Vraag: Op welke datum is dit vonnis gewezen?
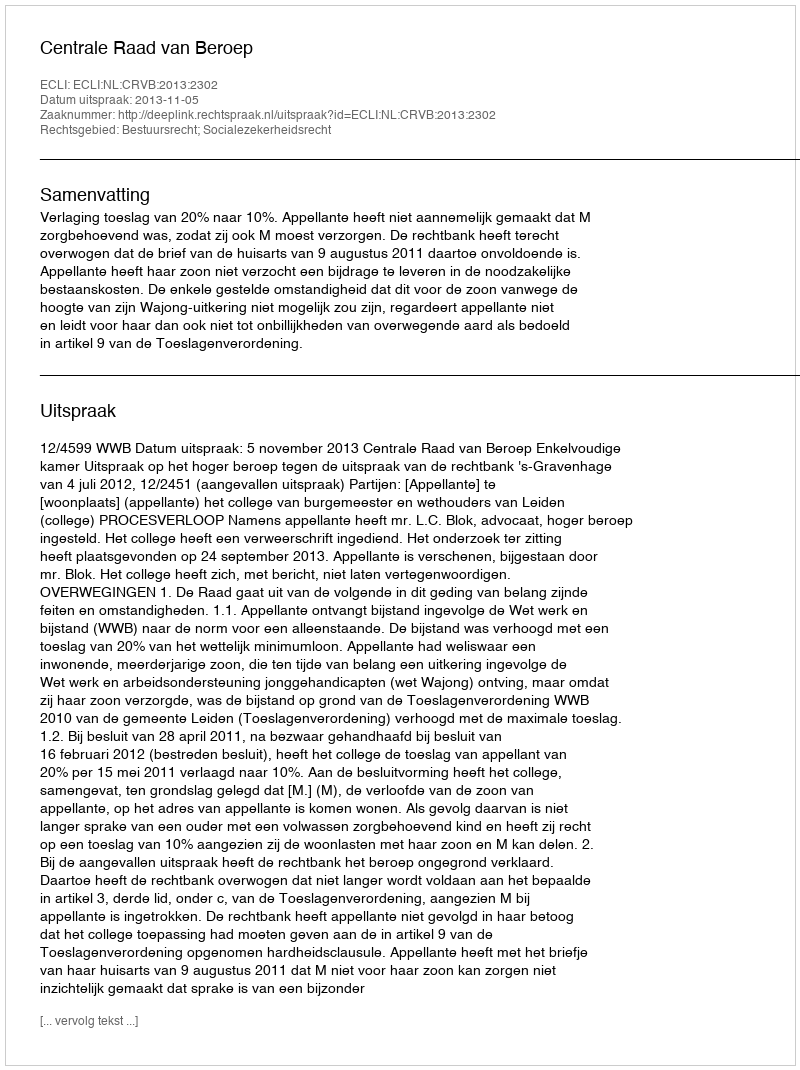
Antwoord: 2013-11-05